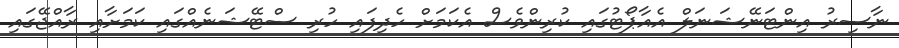
ނާސިރު އިންޓަނޭޝަނަލް އެއާޕޯޓުގައި ކުރިންވެސް އެކަމަށް ހެދިފައި ހުރި ސްޓޭޝަނެއްގައި ކަމަށާއި ރާއްޖޭގައި